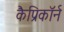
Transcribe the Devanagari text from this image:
कैप्रिकॉर्न